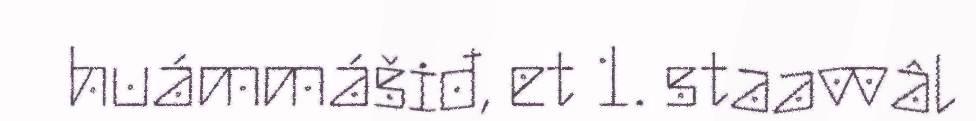
huámmášiđ, et 1. staavvâl